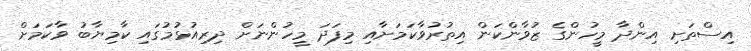
އިސްތަށި އިންދާ މީހުންގެ ޒުވާންކަން އިތުރުވާކަމަށާއި މިފަދަ މީހުންނަށް ދިރިއުޅުމުގައި ކާމިޔާބު ވާކަމަށް